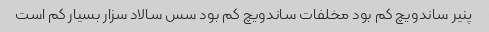
پنیر ساندویچ کم بود مخلفات ساندویچ کم بود سس سالاد سزار بسیار کم است